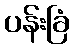
ပန်းခြံ